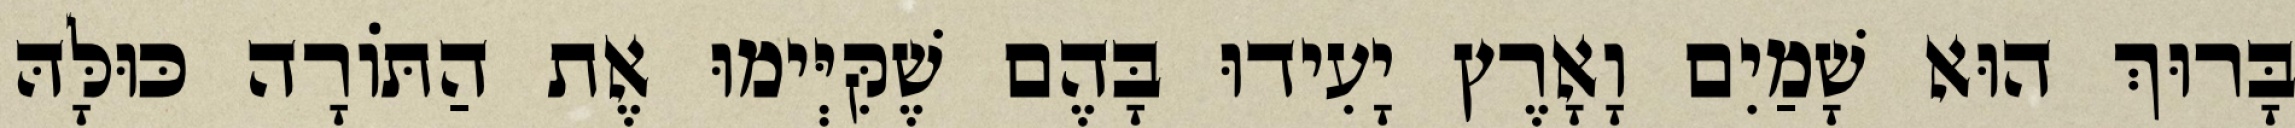
בָּרוּךְ הוּא שָׁמַיִם וָאָרֶץ יָעִידוּ בָּהֶם שֶׁקִּיְּימוּ אֶת הַתּוֹרָה כּוּלָּהּ